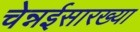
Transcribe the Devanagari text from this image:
चेन्नईसारख्या